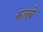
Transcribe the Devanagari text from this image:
रूतबे